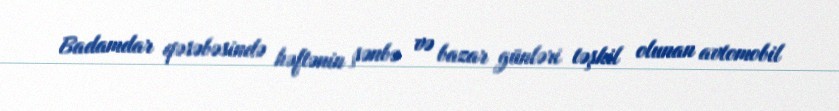
Badamdar qəsəbəsində həftənin şənbə və bazar günləri təşkil olunan avtomobil